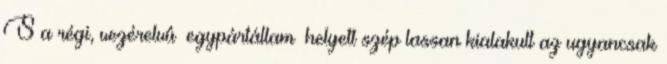
S a régi, vezérelvû»egypártállam«helyett szép lassan kialakult az ugyancsak